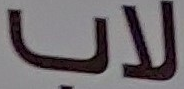
لاب